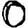
Digit: 0